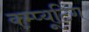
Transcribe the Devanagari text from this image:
क्म्प्यूटिंग